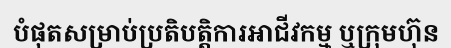
បំផុតសម្រាប់ប្រតិបត្តិការអាជីវកម្ម ឬក្រុមហ៊ុន